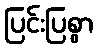
ပြင်းပြစွာ